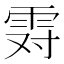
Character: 𱁒